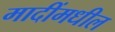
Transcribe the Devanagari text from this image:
मादींमधील